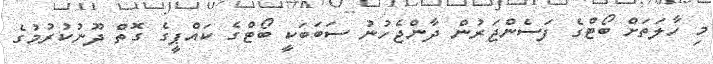
މި ހާލަތަށް ބޯޓްގެ ފަސެންޖަރުން ދާންޖެހުނު ސަބަބަކީ ބޯޓްގެ ކައްޕީގެ ގޮތް ދޫނުކުރުމުގެ